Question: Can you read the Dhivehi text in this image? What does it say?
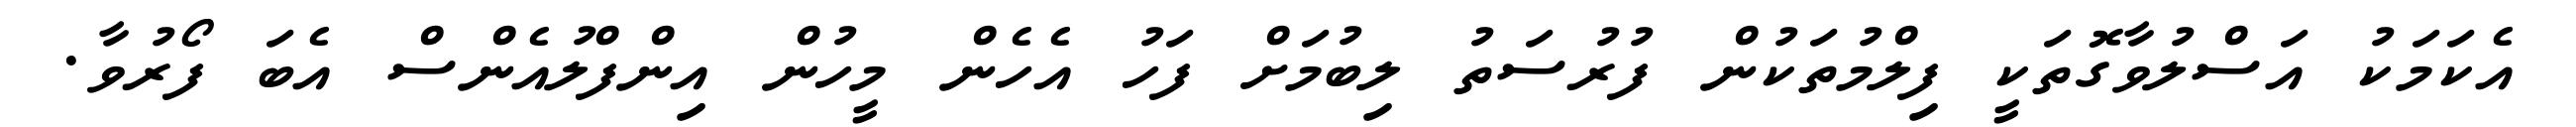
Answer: އެކަމަކު އަސްލުވާގޮތަކީ ފިލްމުތަކުން ފުރުސަތު ލިބުމަށް ފަހު އެހެން މީހުން އިންފްލުއެންސް އެބަ ފޯރުވާ.